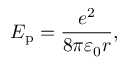
E _ { \mathrm { p } } = { \frac { e ^ { 2 } } { 8 \pi \varepsilon _ { 0 } r } } ,